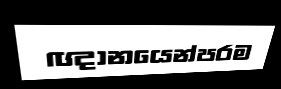
ඥානයෙන්පරම